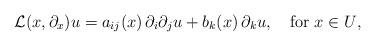
LaTeX: \begin{align*}{\mathcal L}(x,\partial_x)u= a_{ij}(x)\,\partial_i \partial_j u+b_k(x)\,\partial_k u, \quad\hbox{for $x\in U$}, \end{align*}